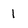
Character: 1